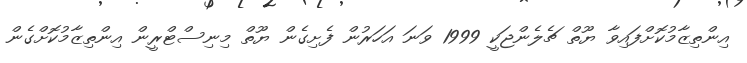
އިންތިޒާމުކޮށްފައިވާ ޔޫތް ޗެލެންޖަކީ 1999 ވަނަ އަހަރުން ފެށިގެން ޔޫތް މިނިސްޓްރީން އިންތިޒާމުކޮށްގެން